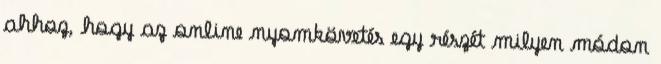
ahhoz, hogy az online nyomkövetés egy részét milyen módon